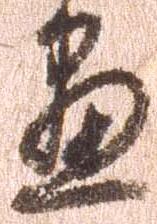
尽